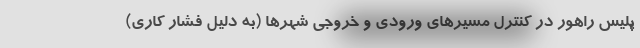
پلیس راهور در کنترل مسیرهای ورودی و خروجی شهرها (به دلیل فشار کاری)